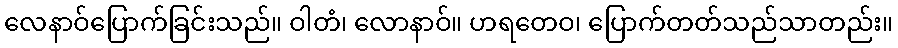
လေနာဝ်ပြောက်ခြင်းသည်။ ဝါတံ၊ လောနာဝ်။ ဟရတေဝ၊ ပြောက်တတ်သည်သာတည်း။